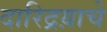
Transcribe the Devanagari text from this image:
दारिद्रय़ाचे